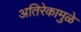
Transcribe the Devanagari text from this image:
अतिरेकामुळे